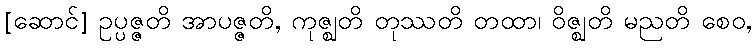
[ဆောင်] ဥပ္ပဇ္ဇတိ အာပဇ္ဇတိ, ကုဇ္ဈတိ တုဿတိ တထာ၊ ဝိဇ္ဈတိ မညတိ စေဝ,